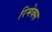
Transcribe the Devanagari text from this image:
रिमेक्स